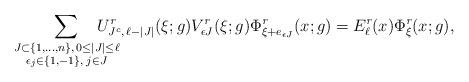
LaTeX: \begin{align*}\sum_{\substack{J\subset \{ 1,\ldots ,n\} ,\, 0\leq|J|\leq \ell\\ \epsilon_j \in \{ 1,-1\} ,\; j\in J}}\!\!\!\!\!\!\!\!\!U^{\emph{r}}_{J^c,\, \ell -|J|}(\xi ;g)V^{\emph{r}}_{\epsilon J}(\xi ;g)\Phi^{\emph{r}}_{\xi +e_{\epsilon J}} (x;g) = E^{\emph{r}}_\ell (x)\Phi^{\emph{r}}_{\xi} (x;g) ,\end{align*}